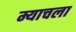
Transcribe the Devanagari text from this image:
म्याचला